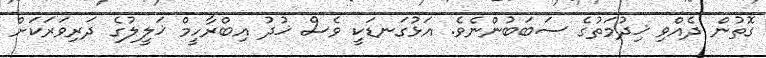
ގޮތުން ދެއްވި ޚިދުމަތުގެ ސަބަބުންނެވެ. އަޅުގަނޑަކީ ވެސް ޚުދު އިބްރާހީމް ޚަލީލުގެ ދަރިވަރަކަށް